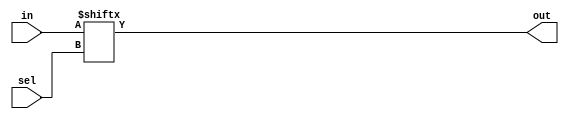
`timescale 1ns / 1ps
module mux4to1(in,sel,out);
input [3:0]in;
input [1:0]sel;
output out;
assign out=in[sel];

endmodule